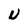
Character: U